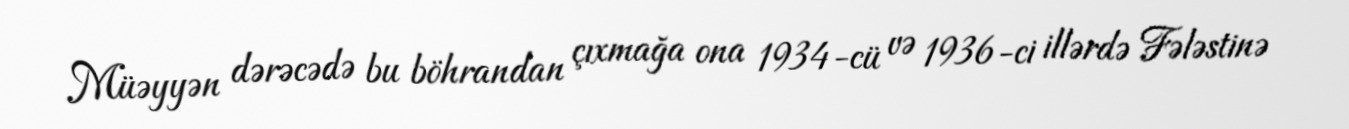
Müəyyən dərəcədə bu böhrandan çıxmağa ona 1934-cü və 1936-ci illərdə Fələstinə